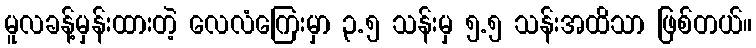
မူလခန့်မှန်းထားတဲ့ လေလံကြေးမှာ ၃.၅ သန်းမှ ၅.၅ သန်းအထိသာ ဖြစ်တယ်။